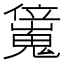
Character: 𠑖